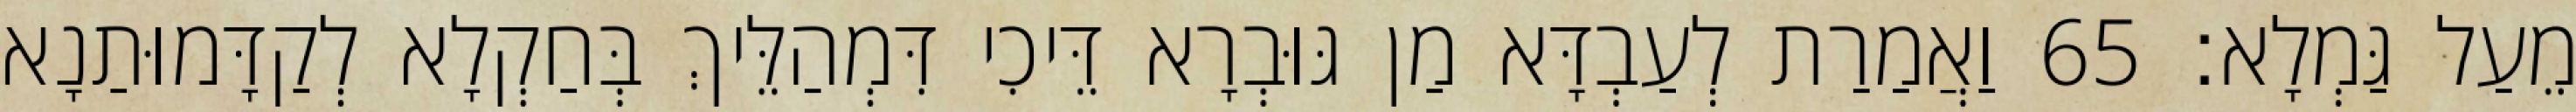
מֵעַל גַּמְלָא׃ 65 וַאֲמַרַת לְעַבְדָּא מַן גּוּבְרָא דֵּיכִי דִּמְהַלֵּיךְ בְּחַקְלָא לְקַדָּמוּתַנָא